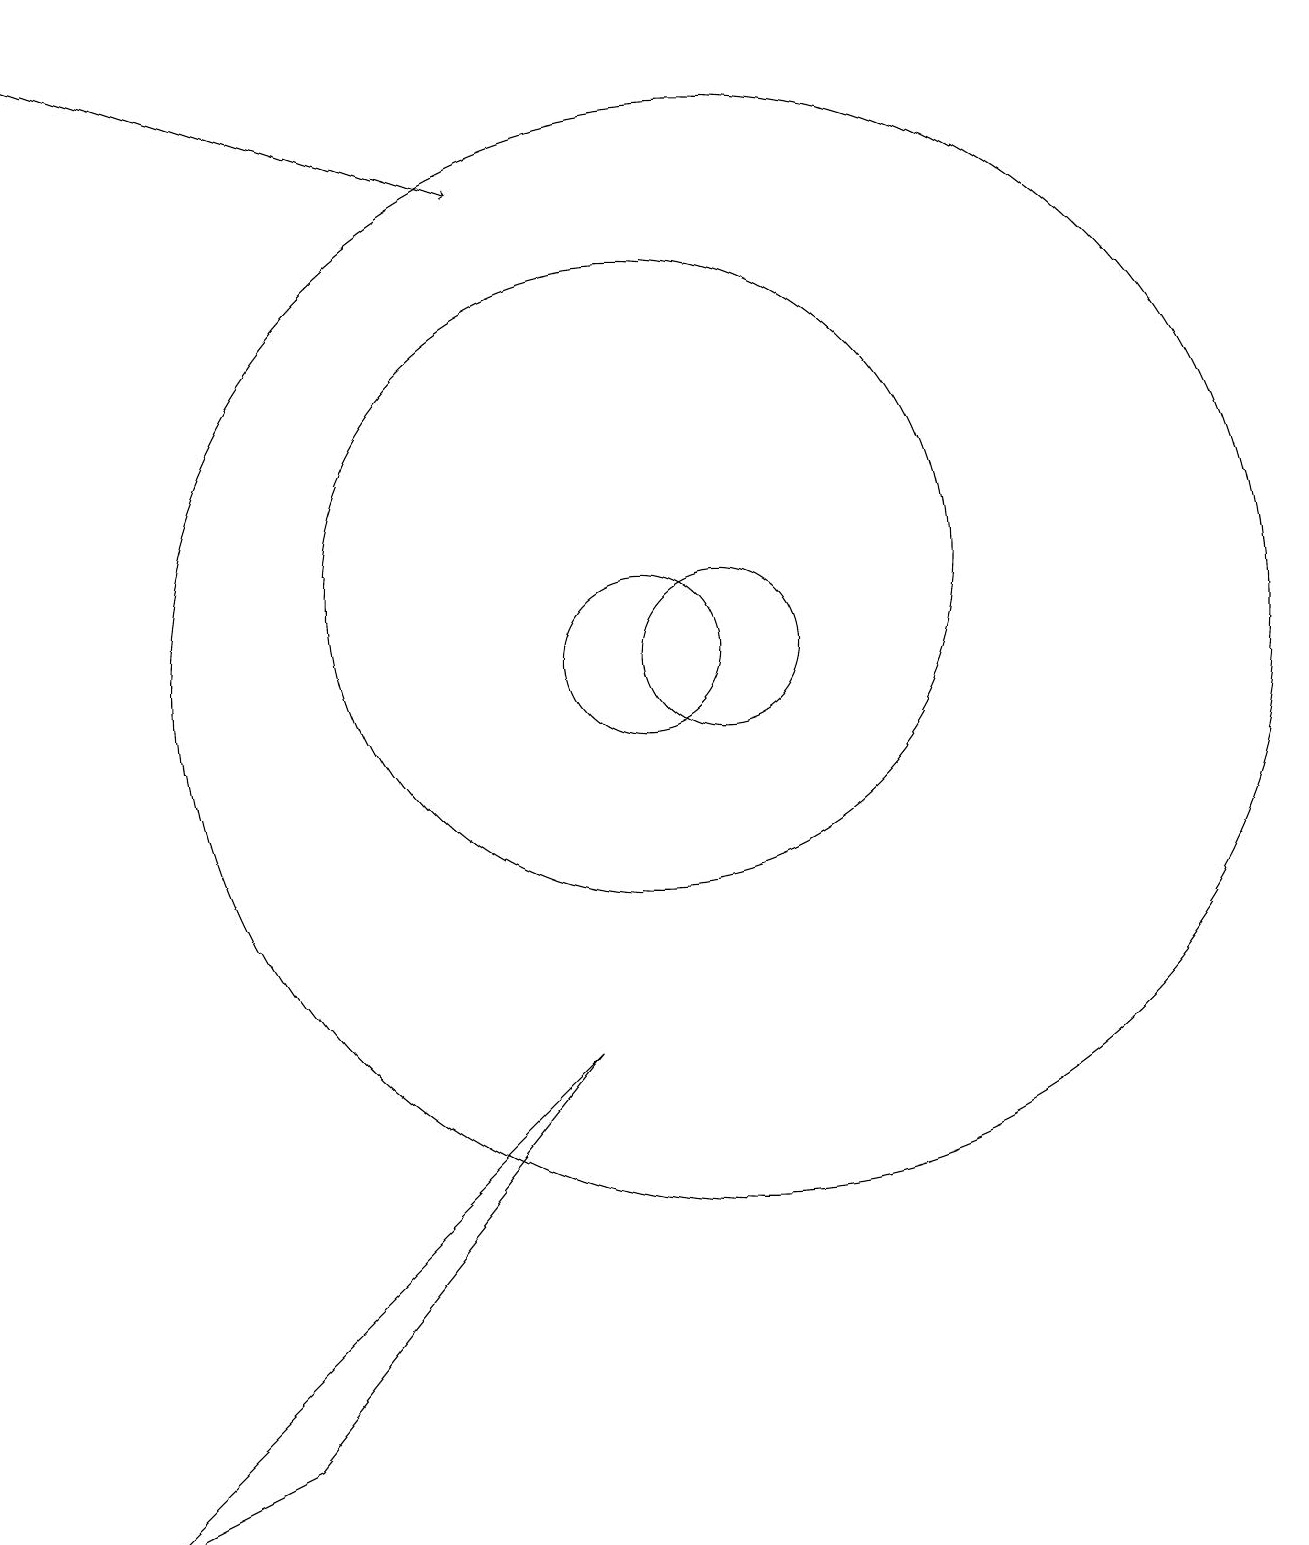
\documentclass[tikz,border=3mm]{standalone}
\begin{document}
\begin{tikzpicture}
\draw (11,11) circle (7);
\draw[->] (2,19) -- (8,17);
\draw (10,11) circle (1);
\draw (11,11) circle (1);
\draw (10,12) circle (4);
\draw (5,1) -- (3,0) -- (9,6) -- cycle;
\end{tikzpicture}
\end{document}